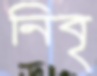
নিবৃ